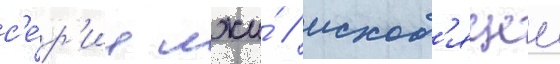
с'е́р'ии лжи́ / исход'ящеи